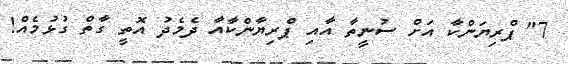
7" ޕްރިޔަންކާ އަށް ސުނީތާ އާއި ޕްރިޔާންކާއާ ދެމެދު އޮތީ ގާތް ގުޅުމެއް!